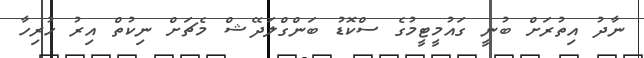
ނާދު އިތުރަށް ބުނީ ގައުމީޓީމުގެ ސްކޮޑު ބަންގްލަދޭޝް މެޗަށް ނިކުތް އިރު ހުރިހާ